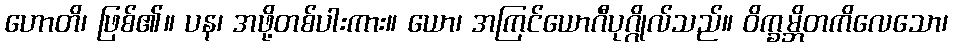
ဟောတိ၊ ဖြစ်၏။ ပန၊ အဖို့တစ်ပါးကား။ ယော၊ အကြင်ယောဂီပုဂ္ဂိုလ်သည်။ ဝိက္ခမ္ဘိတကိလေသော၊